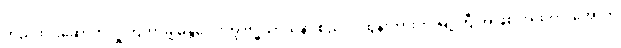
တည်ထားဆောက်လှူကြတာမို့ မန္တလေးကို ဗုဒ္ဓသာသနာ စည်ပင်ထွန်းကားတဲ့ မြို့ကြီးအဖြစ် အထက်၊ အောက်